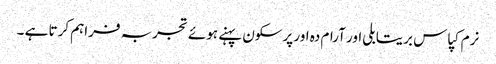
نرم کپاس بریتابلی اور آرام دہ اور پرسکون پہنے ہوئے تجربہ فراہم کرتا ہے ۔